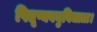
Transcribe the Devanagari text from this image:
पितृष्यवघुविधात्रा।